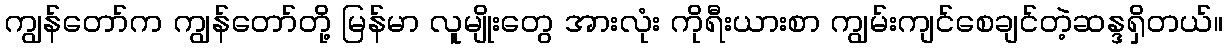
ကျွန်တော်က ကျွန်တော်တို့ မြန်မာ လူမျိုးတွေ အားလုံး ကိုရီးယားစာ ကျွမ်းကျင်စေချင်တဲ့ဆန္ဒရှိတယ်။